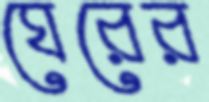
ঘেরের